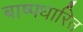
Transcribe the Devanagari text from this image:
बाष्पधारित